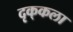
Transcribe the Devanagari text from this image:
दृक्‌कला